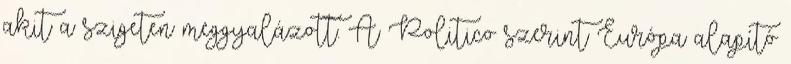
akit a szigeten meggyalázott. A Politico szerint Európa alapító